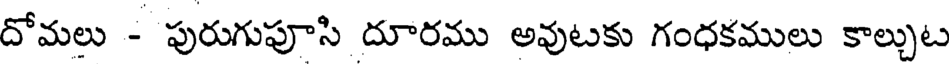
దోమలు - పురుగుపూసి దూరము అవుటకు గంధకములు కాల్చుట